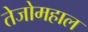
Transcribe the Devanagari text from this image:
तेजोमहाल